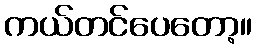
ကယ်တင်ပေတော့။